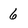
Character: 6